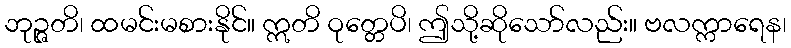
ဘုဉ္ဇတိ၊ ထမင်းမစားနိုင်။ ဣတိ ဝုတ္တေပိ၊ ဤသို့ဆိုသော်လည်း။ ဗလက္ကာရေန၊